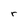
Character: r